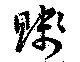
賤